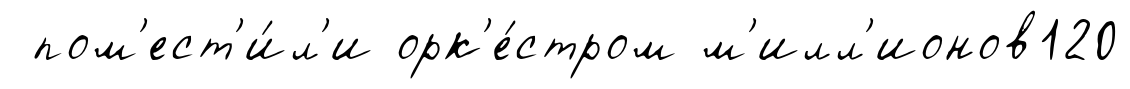
пом'ест'и́л'и орк'е́стром м'илл'ионов120